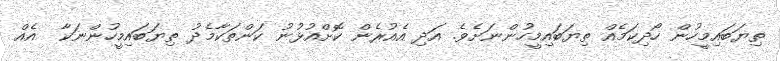
ތިޔަބައިމީހުން ހޯދިކަމެއް ތިޔަބައިމީހުންނަށެވެ. އަދި އެއުރެން ކޮށްއުޅުނު ކަންތަކާމެދު ތިޔަބައިމީހުންނަކާ  އެއް